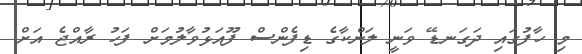
މި ހާފުގައި ދަގަނޑޭ ވަނީ ލަންކާގެ ޑިފެންސް ފޫއަޅުވާލުމަށް ފަހު ރާއްޖެ އަށް